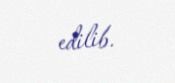
edilib.